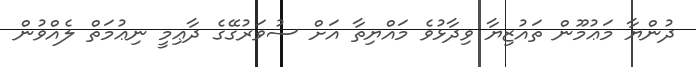
ދުންޔާ މަޢުމޫން ތައުޒިޔާ ވިދާޅުވެ މައްޔިތާ އަށް ސުވަރުގޭގެ ދާޢިމީ ނިޢުމަތް ލެއްވުން